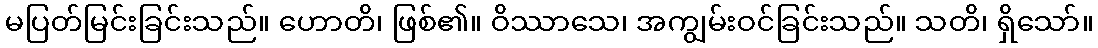
မပြတ်မြင်းခြင်းသည်။ ဟောတိ၊ ဖြစ်၏။ ဝိဿာသေ၊ အကျွမ်းဝင်ခြင်းသည်။ သတိ၊ ရှိသော်။